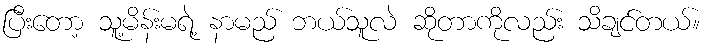
ပြီးတော့ သူ့မိန်းမရဲ့ နာမည် ဘယ်သူလဲ ဆိုတာကိုလည်း သိချင်တယ်။